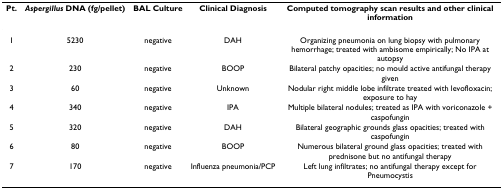
| Pt. | Aspergillus DNA (fg/pellet) | BAL Culture | Clinical Diagnosis | Computed tomography scan results and other clinical information |
 | --- | --- | --- | --- | --- |
 | 1 | 5230 | negative | DAH | Organizing pneumonia on lung biopsy with pulmonary hemorrhage; treated with ambisome empirically; No IPA at autopsy |
 | 2 | 230 | negative | BOOP | Bilateral patchy opacities; no mould active antifungal therapy given |
 | 3 | 60 | negative | Unknown | Nodular right middle lobe infiltrate treated with levofloxacin; exposure to hay |
 | 4 | 340 | negative | IPA | Multiple bilateral nodules; treated as IPA with voriconazole + caspofungin |
 | 5 | 320 | negative | DAH | Bilateral geographic grounds glass opacities; treated with caspofungin |
 | 6 | 80 | negative | BOOP | Numerous bilateral ground glass opacities; treated with prednisone but no antifungal therapy |
 | 7 | 170 | negative | Influenza pneumonia/PCP | Left lung infiltrates; no antifungal therapy except for Pneumocystis |